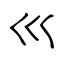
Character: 巛